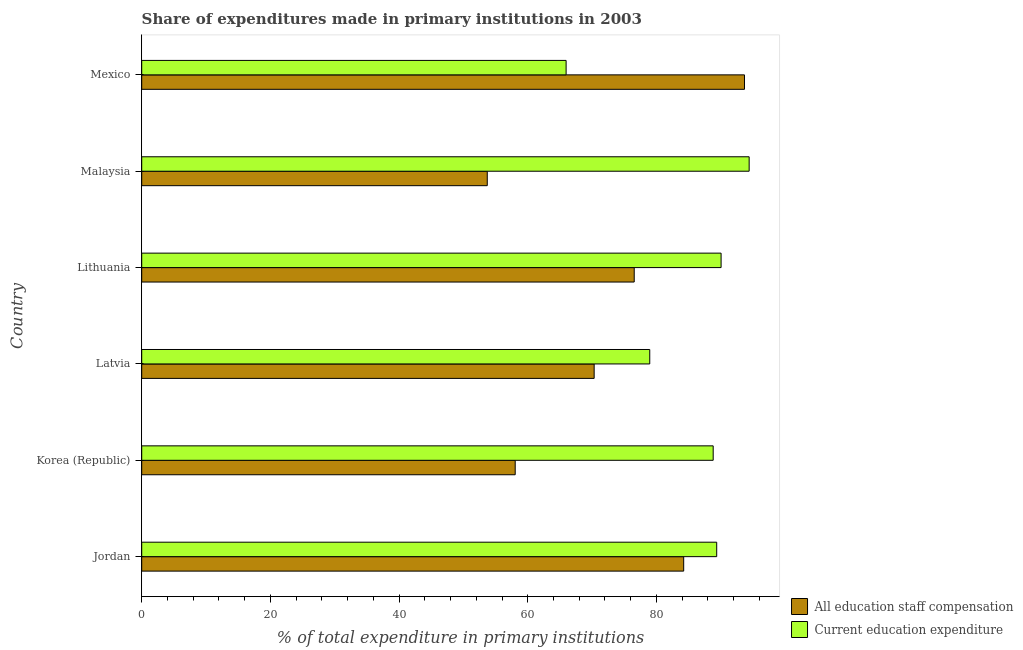
| Country | All education staff compensation | Current education expenditure |
 | --- | --- | --- |
 | Jordan | 84.2 | 89.4 |
 | Korea (Republic) | 58 | 88.8 |
 | Latvia | 70.3 | 79 |
 | Lithuania | 76.5 | 90.1 |
 | Malaysia | 53.7 | 94.4 |
 | Mexico | 93.7 | 66 |